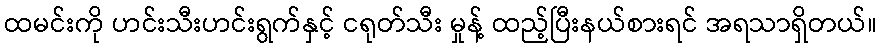
ထမင်းကို ဟင်းသီးဟင်းရွက်နှင့် ငရုတ်သီး မှုန့် ထည့်ပြီးနယ်စားရင် အရသာရှိတယ်။